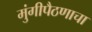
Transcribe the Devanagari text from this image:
मुंगीपैठणाचा